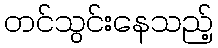
တင်သွင်းနေသည့်